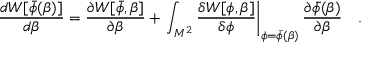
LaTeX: { \frac { d W [ \bar { \phi } ( \beta ) ] } { d \beta } } = { \frac { \partial W [ \bar { \phi } , \beta ] } { \partial \beta } } + \left. \int _ { M ^ { 2 } } { \frac { \delta W [ \phi , \beta ] } { \delta \phi } } \right| _ { \phi = \bar { \phi } ( \beta ) } { \frac { \partial \bar { \phi } ( \beta ) } { \partial \beta } } ~ ~ ~ .